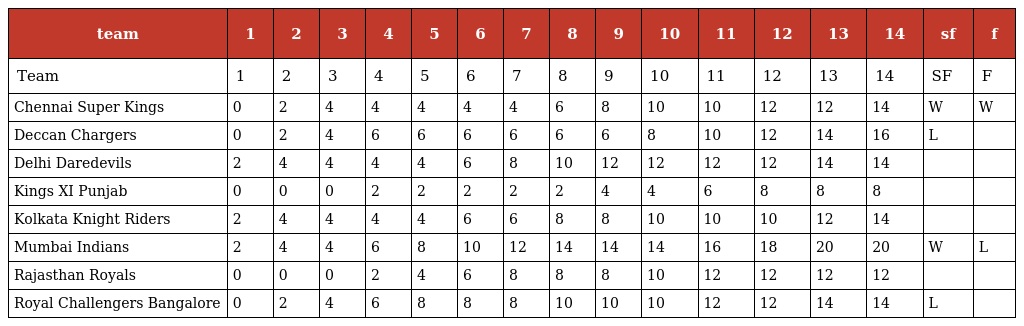
| team | 1 | 2 | 3 | 4 | 5 | 6 | 7 | 8 | 9 | 10 | 11 | 12 | 13 | 14 | sf | f |
 | --- | --- | --- | --- | --- | --- | --- | --- | --- | --- | --- | --- | --- | --- | --- | --- | --- |
 | Team | 1 | 2 | 3 | 4 | 5 | 6 | 7 | 8 | 9 | 10 | 11 | 12 | 13 | 14 | SF | F |
 | Chennai Super Kings | 0 | 2 | 4 | 4 | 4 | 4 | 4 | 6 | 8 | 10 | 10 | 12 | 12 | 14 | W | W |
 | Deccan Chargers | 0 | 2 | 4 | 6 | 6 | 6 | 6 | 6 | 6 | 8 | 10 | 12 | 14 | 16 | L |  |
 | Delhi Daredevils | 2 | 4 | 4 | 4 | 4 | 6 | 8 | 10 | 12 | 12 | 12 | 12 | 14 | 14 |  |  |
 | Kings XI Punjab | 0 | 0 | 0 | 2 | 2 | 2 | 2 | 2 | 4 | 4 | 6 | 8 | 8 | 8 |  |  |
 | Kolkata Knight Riders | 2 | 4 | 4 | 4 | 4 | 6 | 6 | 8 | 8 | 10 | 10 | 10 | 12 | 14 |  |  |
 | Mumbai Indians | 2 | 4 | 4 | 6 | 8 | 10 | 12 | 14 | 14 | 14 | 16 | 18 | 20 | 20 | W | L |
 | Rajasthan Royals | 0 | 0 | 0 | 2 | 4 | 6 | 8 | 8 | 8 | 10 | 12 | 12 | 12 | 12 |  |  |
 | Royal Challengers Bangalore | 0 | 2 | 4 | 6 | 8 | 8 | 8 | 10 | 10 | 10 | 12 | 12 | 14 | 14 | L |  |